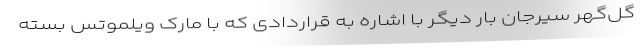
گل‌گهر سیرجان بار دیگر با اشاره به قراردادی که با مارک ویلموتس بسته